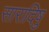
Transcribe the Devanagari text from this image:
सारादिषु